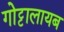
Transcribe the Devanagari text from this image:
गोट्टालायब